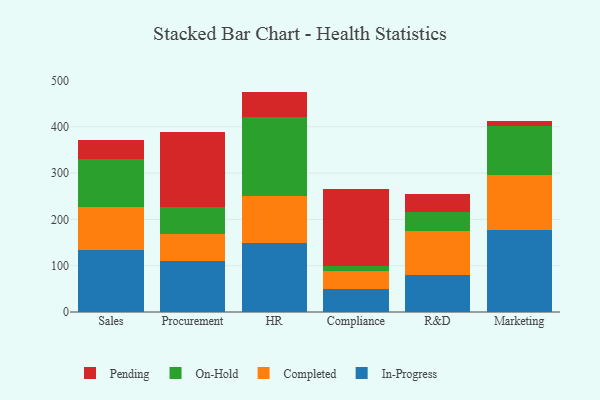
{"axis": {"x": "Department", "y": "Churn Rate (%)"}, "legend": ["Completed", "In-Progress", "On-Hold", "Pending"], "data": [{"x": "Sales", "y": 134.9, "type": "In-Progress"}, {"x": "Sales", "y": 91.3, "type": "Completed"}, {"x": "Sales", "y": 104.3, "type": "On-Hold"}, {"x": "Sales", "y": 40.3, "type": "Pending"}, {"x": "Procurement", "y": 109.7, "type": "In-Progress"}, {"x": "Procurement", "y": 58.8, "type": "Completed"}, {"x": "Procurement", "y": 57.6, "type": "On-Hold"}, {"x": "Procurement", "y": 161.6, "type": "Pending"}, {"x": "HR", "y": 148.8, "type": "In-Progress"}, {"x": "HR", "y": 102.0, "type": "Completed"}, {"x": "HR", "y": 169.7, "type": "On-Hold"}, {"x": "HR", "y": 55.4, "type": "Pending"}, {"x": "Compliance", "y": 49.3, "type": "In-Progress"}, {"x": "Compliance", "y": 39.1, "type": "Completed"}, {"x": "Compliance", "y": 11.2, "type": "On-Hold"}, {"x": "Compliance", "y": 165.8, "type": "Pending"}, {"x": "R&D", "y": 79.3, "type": "In-Progress"}, {"x": "R&D", "y": 95.4, "type": "Completed"}, {"x": "R&D", "y": 40.5, "type": "On-Hold"}, {"x": "R&D", "y": 39.0, "type": "Pending"}, {"x": "Marketing", "y": 176.4, "type": "In-Progress"}, {"x": "Marketing", "y": 120.0, "type": "Completed"}, {"x": "Marketing", "y": 104.3, "type": "On-Hold"}, {"x": "Marketing", "y": 12.2, "type": "Pending"}]}